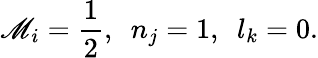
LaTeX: \mathscr{M}_{i}=\frac{{1}}{{2}},\, \, \, n_{j}=1,\, \, \, l_{k}=0.